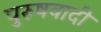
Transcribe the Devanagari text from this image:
पुरुषवादी